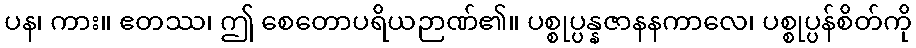
ပန၊ ကား။ ဧတဿ၊ ဤ စေတောပရိယဉာဏ်၏။ ပစ္စုပ္ပန္နဇာနနကာလေ၊ ပစ္စုပ္ပန်စိတ်ကို